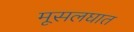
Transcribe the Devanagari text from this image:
मूसलघात